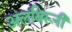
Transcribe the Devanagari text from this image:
अलबिरूनी